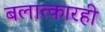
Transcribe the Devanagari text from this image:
बलात्कारही